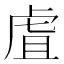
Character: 虘